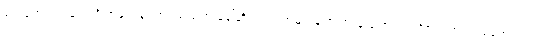
ရေးမှတ်ထားခြင်းကို အမူကွန်း တင်သည်ဟု ခေါ်ဆိုသည်။ အမူကွန်းစကားမှ ပြောင်းလဲလာ၍ အင်းဝခေတ်တွင်